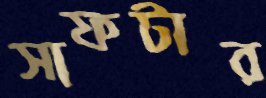
সাফটার